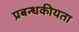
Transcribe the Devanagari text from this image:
प्रबन्धकीयता